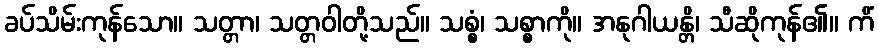
ခပ်သိမ်းကုန်သော။ သတ္တာ၊ သတ္တဝါတို့သည်။ သစ္စံ၊ သစ္စာကို။ အနုဂါယန္တိ၊ သီဆိုကုန်၏။ ကိံ